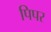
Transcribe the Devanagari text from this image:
पिपर